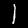
Label: 1